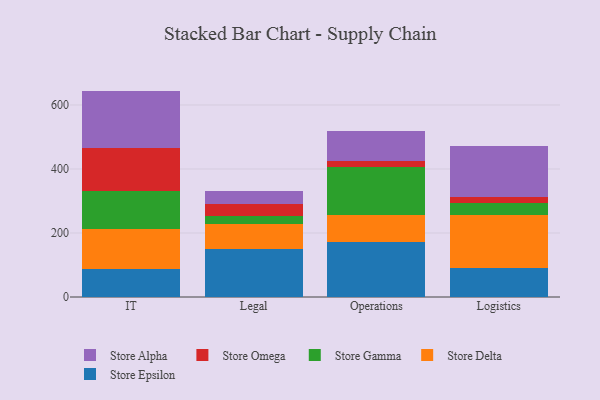
{"axis": {"x": "Department", "y": "Operating Costs (USD K)"}, "legend": ["Store Alpha", "Store Delta", "Store Epsilon", "Store Gamma", "Store Omega"], "data": [{"x": "IT", "y": 86.5, "type": "Store Epsilon"}, {"x": "IT", "y": 126.5, "type": "Store Delta"}, {"x": "IT", "y": 117.2, "type": "Store Gamma"}, {"x": "IT", "y": 134.8, "type": "Store Omega"}, {"x": "IT", "y": 179.2, "type": "Store Alpha"}, {"x": "Legal", "y": 150.3, "type": "Store Epsilon"}, {"x": "Legal", "y": 79.3, "type": "Store Delta"}, {"x": "Legal", "y": 22.2, "type": "Store Gamma"}, {"x": "Legal", "y": 39.5, "type": "Store Omega"}, {"x": "Legal", "y": 39.2, "type": "Store Alpha"}, {"x": "Operations", "y": 171.8, "type": "Store Epsilon"}, {"x": "Operations", "y": 84.8, "type": "Store Delta"}, {"x": "Operations", "y": 149.6, "type": "Store Gamma"}, {"x": "Operations", "y": 19.2, "type": "Store Omega"}, {"x": "Operations", "y": 92.1, "type": "Store Alpha"}, {"x": "Logistics", "y": 91.8, "type": "Store Epsilon"}, {"x": "Logistics", "y": 164.9, "type": "Store Delta"}, {"x": "Logistics", "y": 36.9, "type": "Store Gamma"}, {"x": "Logistics", "y": 20.0, "type": "Store Omega"}, {"x": "Logistics", "y": 159.3, "type": "Store Alpha"}]}